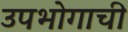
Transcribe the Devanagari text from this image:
उपभोगाची